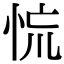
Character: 㤺